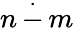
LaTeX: n\, {\stackrel{.}{-}}\, m